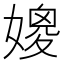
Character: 𱙩